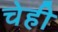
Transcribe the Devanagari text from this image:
चेही